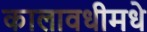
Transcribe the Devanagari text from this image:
कालावधीमधे